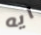
ايه